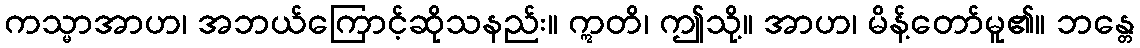
ကသ္မာအာဟ၊ အဘယ်ကြောင့်ဆိုသနည်း။ ဣတိ၊ ဤသို့။ အာဟ၊ မိန့်တော်မူ၏။ ဘန္တေ